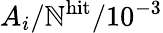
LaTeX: A_{i}/\mathbb{N}^{\mathrm{{hit}}}/10^{-3}